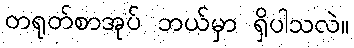
တရုတ်စာအုပ် ဘယ်မှာ ရှိပါသလဲ။